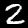
Digit: 2